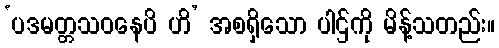
‘ပဒမတ္တသဝနေပိ ဟိ’ အစရှိသော ပါဌ်ကို မိန့်သတည်း။